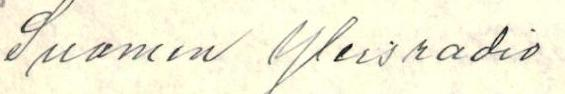
Suomen Yleisradio